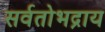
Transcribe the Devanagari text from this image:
सर्वतोभद्राय